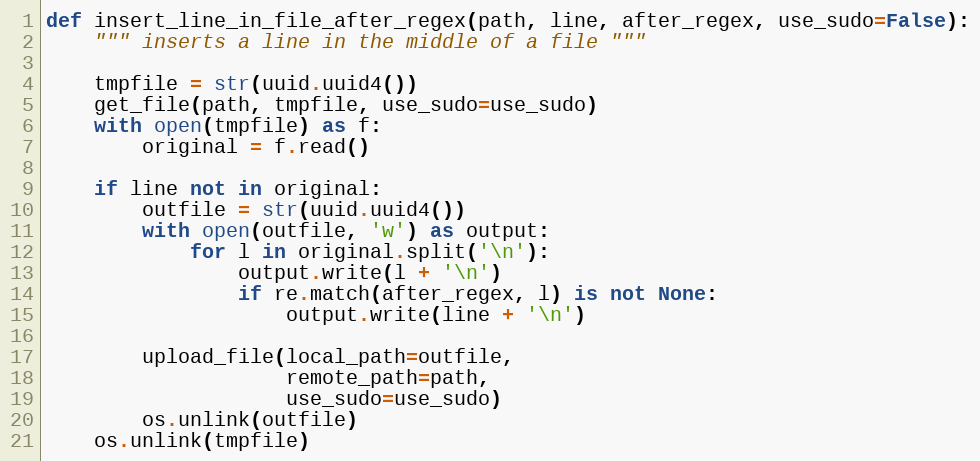
Language: Python
def insert_line_in_file_after_regex(path, line, after_regex, use_sudo=False):
    """ inserts a line in the middle of a file """

    tmpfile = str(uuid.uuid4())
    get_file(path, tmpfile, use_sudo=use_sudo)
    with open(tmpfile) as f:
        original = f.read()

    if line not in original:
        outfile = str(uuid.uuid4())
        with open(outfile, 'w') as output:
            for l in original.split('\n'):
                output.write(l + '\n')
                if re.match(after_regex, l) is not None:
                    output.write(line + '\n')

        upload_file(local_path=outfile,
                    remote_path=path,
                    use_sudo=use_sudo)
        os.unlink(outfile)
    os.unlink(tmpfile)